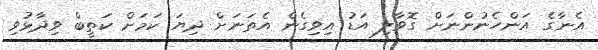
އެނާގެ އަންހެނުންނަށް ގޮވާލި އަޑު އިވިގެން އެތަނަށް ދިޔަ ކަމަށް ކަތީބް ވިދާޅުވި